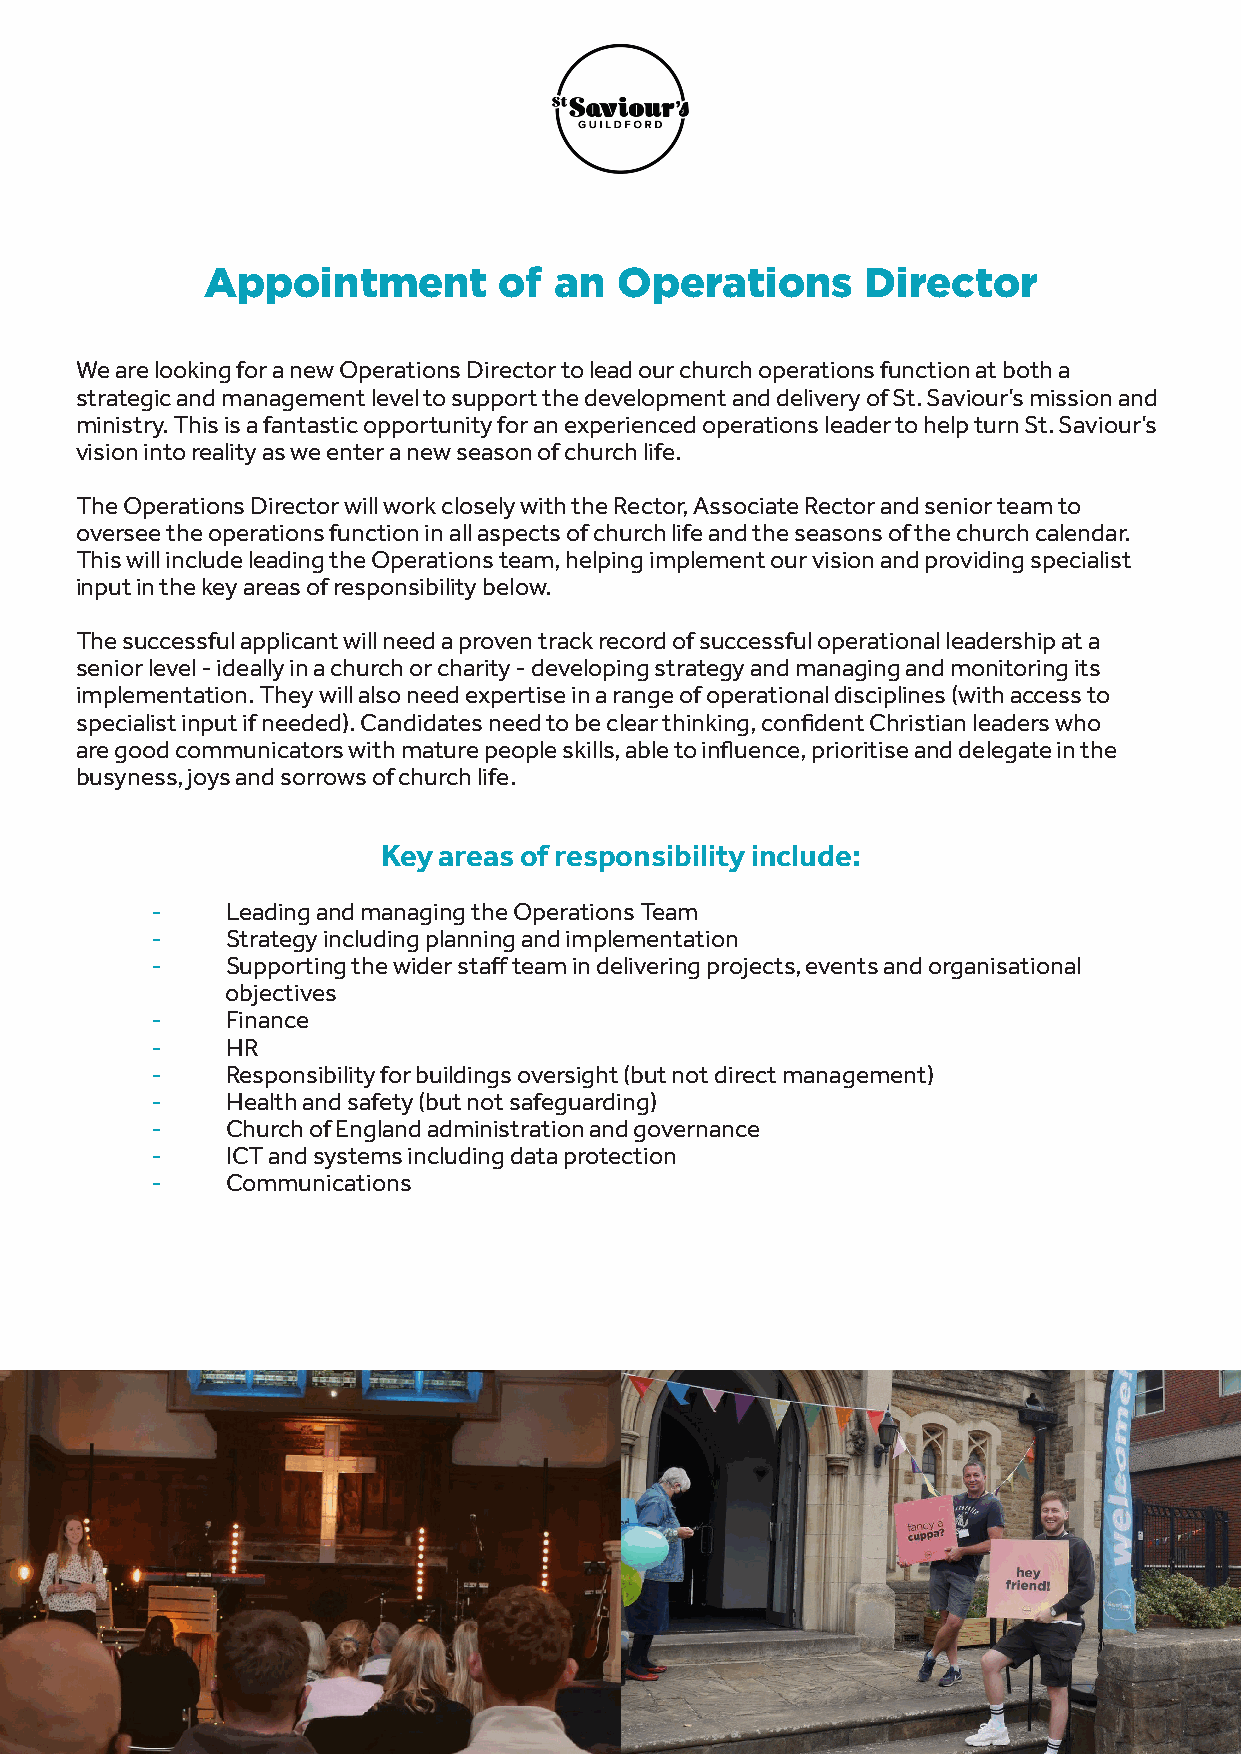
Appointment         of  an  Operations      Director
 We are looking for a new Operations Director to lead our church operations function at both a
 strategic and management level to support the development and delivery of St. Saviour’s mission and
 ministry. This is a fantastic opportunity for an experienced operations leader to help turn St. Saviour’s
 vision into reality as we enter a new season of church life.
 The Operations Director will work closely with the Rector, Associate Rector and senior team to
 oversee the operations function in all aspects of church life and the seasons of the church calendar.
 This will include leading the Operations team, helping implement our vision and providing specialist
 input in the key areas of responsibility below.
 The successful applicant will need a proven track record of successful operational leadership at a
 senior level - ideally in a church or charity - developing strategy and managing and monitoring its
 implementation. They will also need expertise in a range of operational disciplines (with access to
 specialist input if needed). Candidates need to be clear thinking, confident Christian leaders who
 are good communicators with mature people skills, able to influence, prioritise and delegate in the
 busyness, joys and sorrows of church life.
 Key areas of responsibility include:
 -    Leading and managing the Operations Team
 -    Strategy including planning and implementation
 -    Supporting the wider staff team in delivering projects, events and organisational
 objectives
 -    Finance
 -    HR
 -    Responsibility for buildings oversight (but not direct management)
 -    Health and safety (but not safeguarding)
 -    Church of England administration and governance
 -    ICT and systems including data protection
 -    Communications